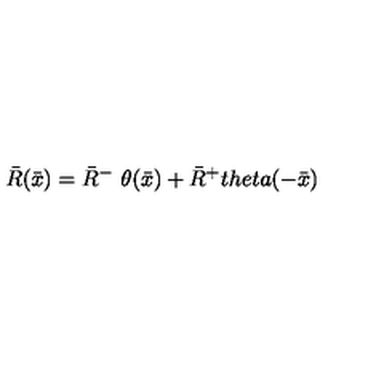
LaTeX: { \bar { R } } ( { \bar { x } } ) = { \bar { R } } ^ { - } \ \theta ( { \bar { x } } ) + { \bar { R } } ^ { + } t h e t a ( - { \bar { x } } )